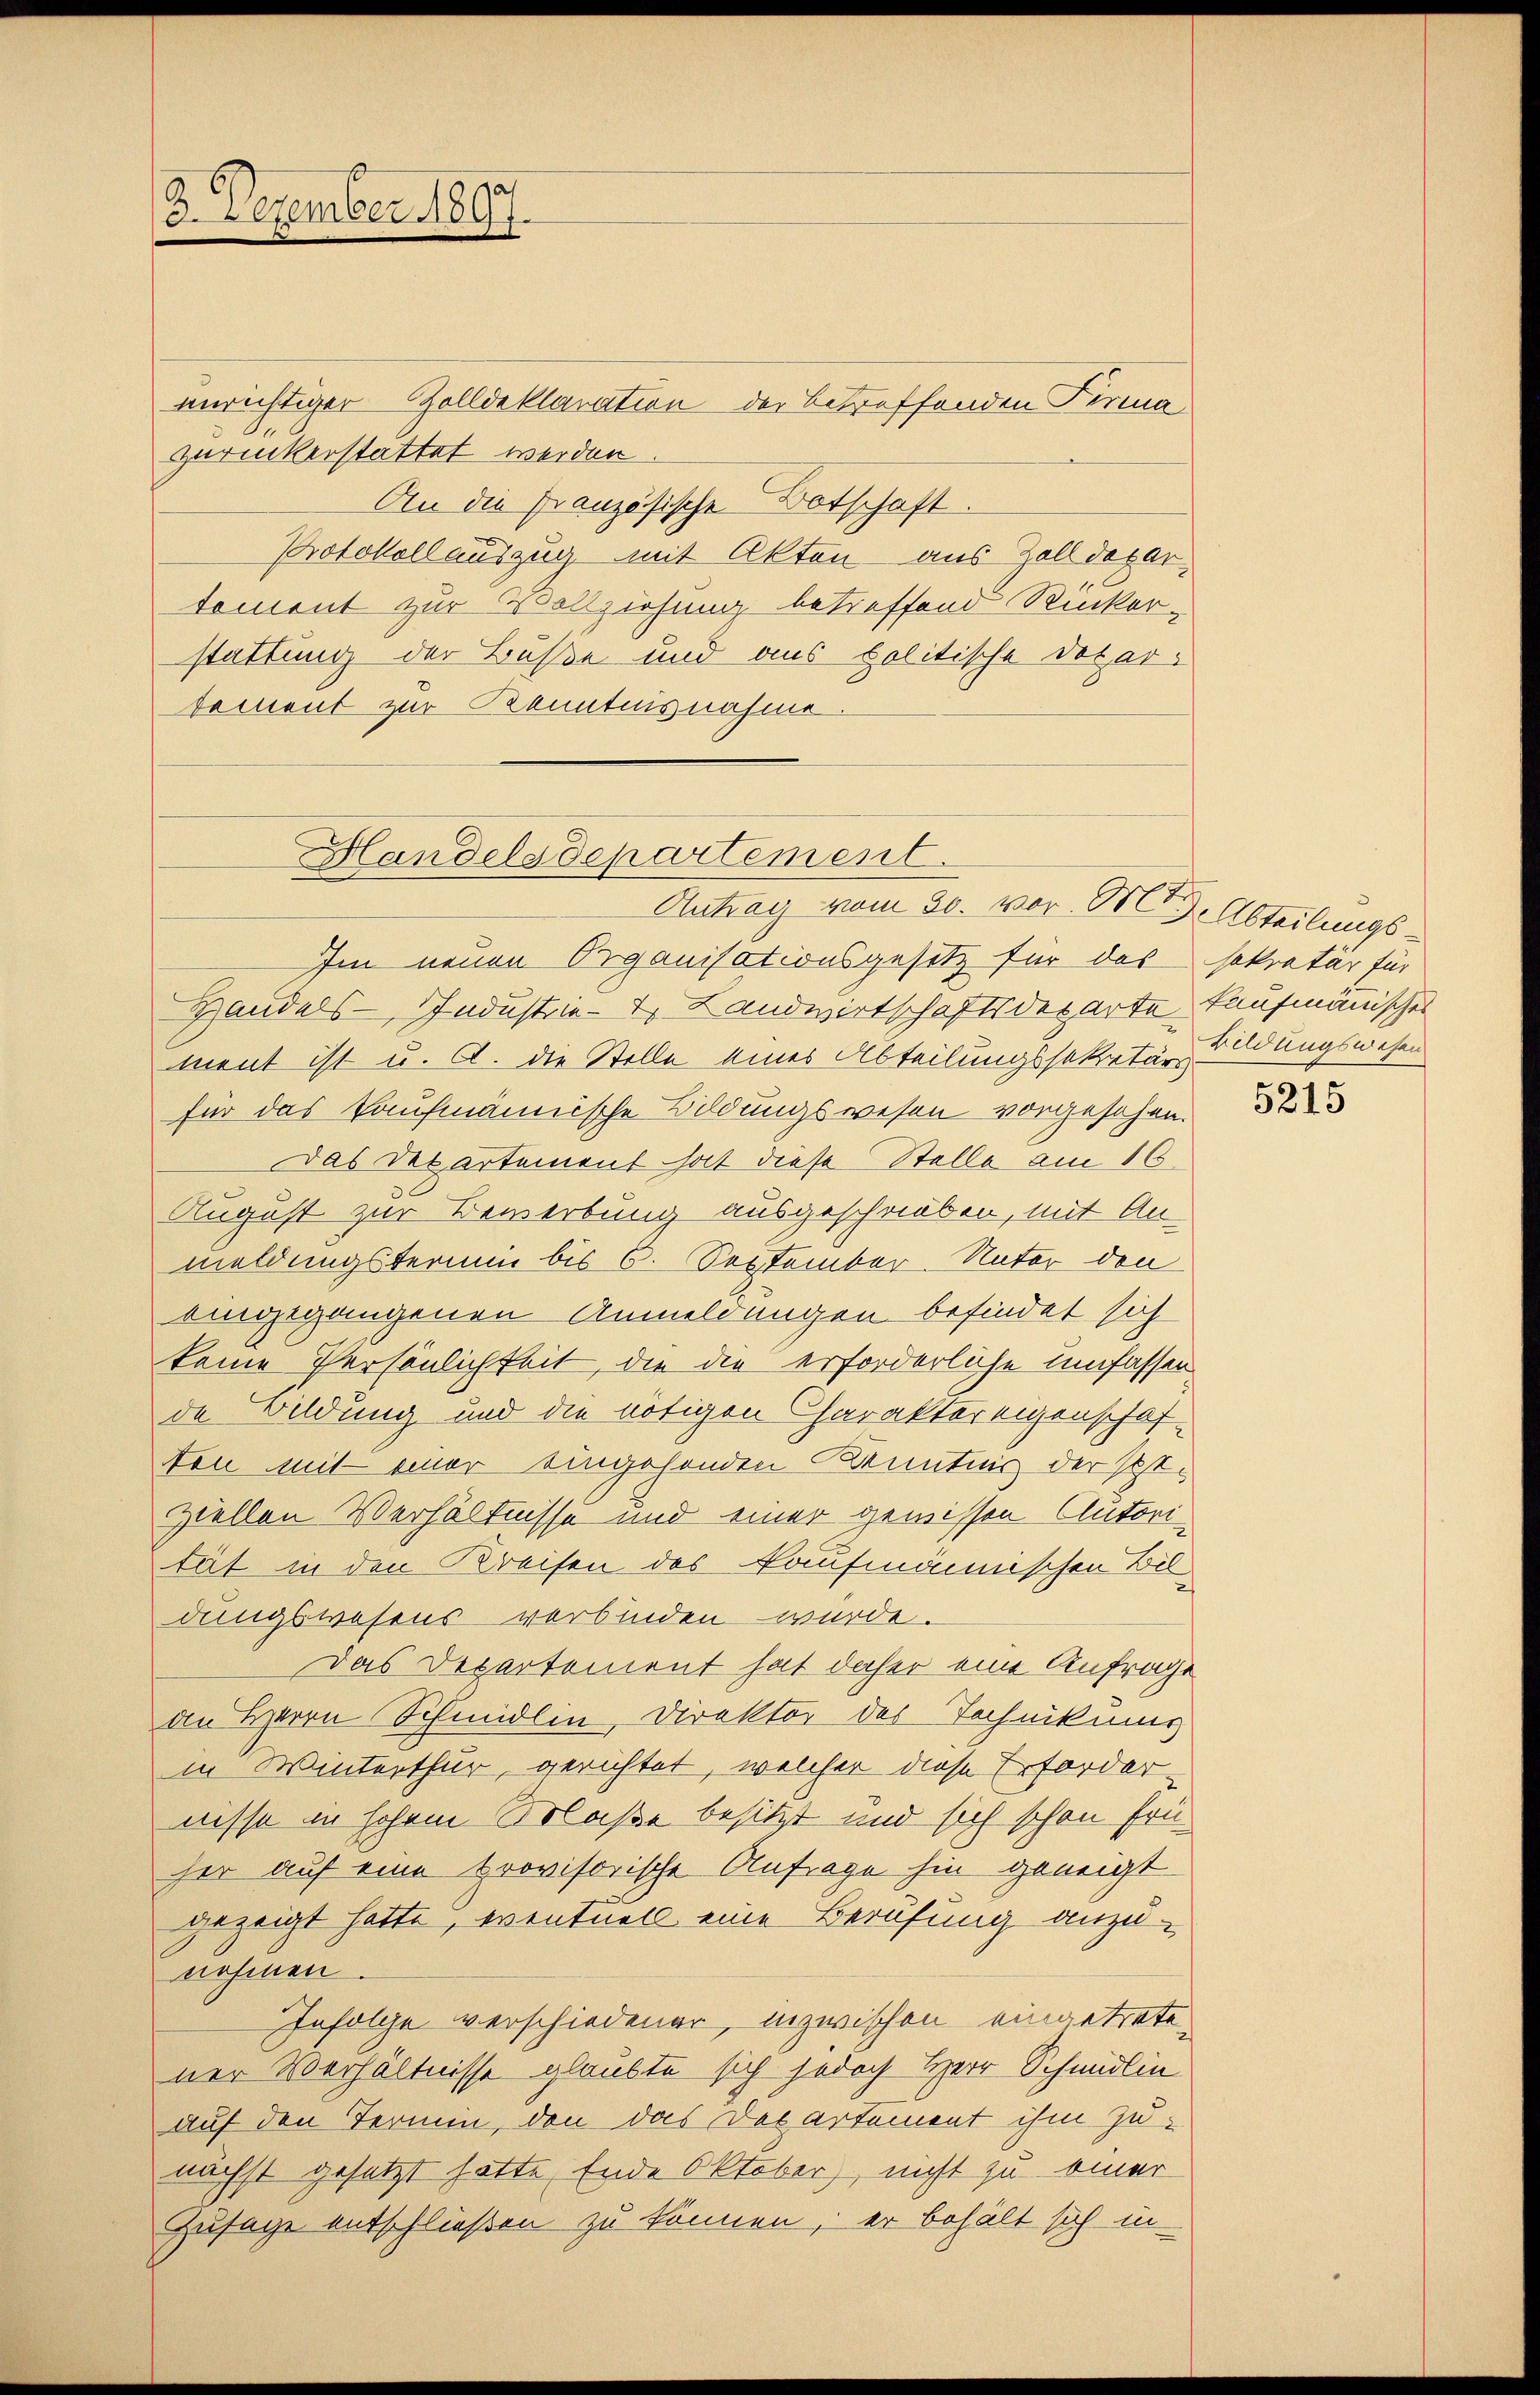
2. Dezember 1897.

unrichtiger Zolldeklaration der betreffenden Firma
zurückerstattet werden.
An die Französische Botschaft.
Protokoll auszug mit Akten aus Zolldegar,
tement zur Vollziehung betreffend Rücker-
stattung der Buße und aus politische Dotardement zur Kenntnisnahme.

Handelsdepartement.
Antrag vom 30. vor. M. D. Abteilungs¬

Im neuen Organisationsgesetz für das sekretär für
Handels- IIndustrie - 4. Landwirtschaftsdeparte kaufmännisches
ment ist u. A. die Stelle eines Abteilungssekretär Bidungswesen
für das kaufmännische Bildungswesen vorgesehen.
Das des artement hat diese Stelle am 16.
August zur Bewerbung ausgeschrieben, mit An-
meldungstermin bis 6. September-Unter den
eingegangenen Anmeldungen befindet sich
keine Persönlichkeit, die die erforderliche umfassen
de Bildung und die nötigen Charakter eigenschaften mit einer eingehenden Kenntnis der Peziellen Verhältnisse und einer gewissen Autori
tät in den Kreisen des Kaufmännischen Bildungswesens verbinden würde.
Das Departement hat daher eine Anfrage
an Herrn Schmidlin, Direktor des Technikums
in Winterthur, gerichtet, welcher diese Erforder-
nisse in hohem Maße besitzt und sich schon früher auf eine provisorische Anfrage hin geneigt
gezeigt hatte, eventuell eine Berufung anzunehmen.
Infolge verschiedener, inzwischen eingetretener Verhältnisse glaubte sich jedoch Herr Schmidlin
auf den Termin, den das Departement ihm zu-
nächst gesetzt hatte Ende Oktober, nicht zu einer
Zusage entschließen zu können, er behält sich in

5215